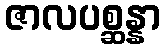
ဇာလပစ္ဆန္နာ